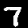
Digit: 7